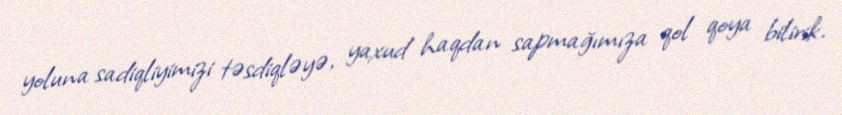
yoluna sadiqliyimizi təsdiqləyə, yaxud haqdan sapmağımıza qol qoya bilirik.